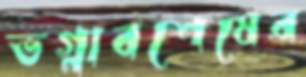
ভগ্নাবশেষের